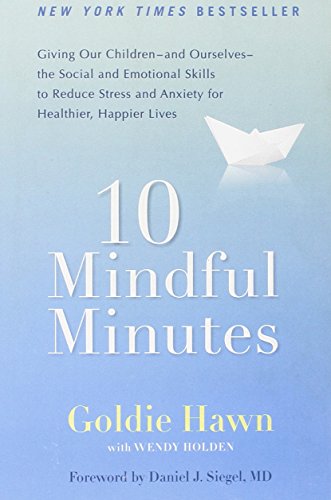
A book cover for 10 Mindful Minutes: Giving Our Children--and Ourselves--the Social and Emotional Skills to Reduce St ress and Anxiety for Healthier, Happy Lives; Goldie Hawn; Self-Help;